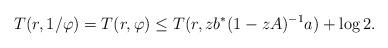
LaTeX: \begin{align*}T(r, 1/\varphi) = T(r, \varphi) \le T(r, zb^*(1-zA)^{-1}a) + \log 2.\end{align*}